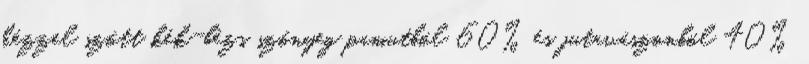
kézzel szőtt kék-bézs szőnyeg pamutból 60% és jutavászonból 40%